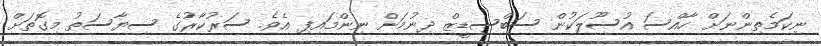
ނިކަމެތިންނަށް ހާއްސަ އުސޫލަކުން ސަބްސިޑީޒް ދިނުމަށް ނިންމައިފި އެވެ. ސަރުކާރުގެ ސިޔާސަތު މިގޮތަށް